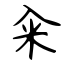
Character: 籴